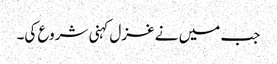
جب میں نے غزل کہنی شروع کی۔